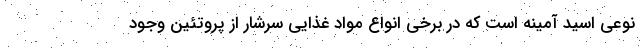
نوعی اسید آمینه است که در برخی انواع مواد غذایی سرشار از پروتئین وجود